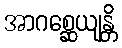
အာဂစ္ဆေယျန္တိ